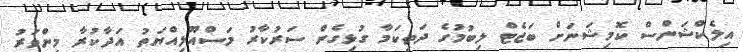
އިލެކްޝަންސް ކޮމިޝަނަށް ބަޖެޓް ލިބުމުގެ ދަތިކަމާ ގުޅިގެން ސަރުކާރު މަސްއޫލިއްޔަތު އަދާކުރާ މިންވަރު